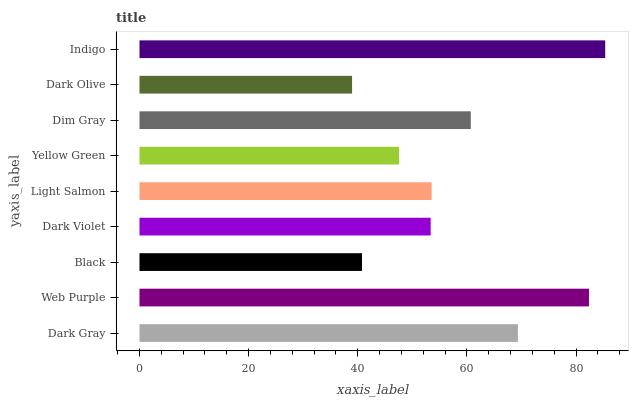
| yaxis_label | bars |
 | --- | --- |
 | Dark Gray | 69.3 |
 | Web Purple | 82.3 |
 | Black | 40.8 |
 | Dark Violet | 53.3 |
 | Light Salmon | 53.5 |
 | Yellow Green | 47.6 |
 | Dim Gray | 60.7 |
 | Dark Olive | 38.9 |
 | Indigo | 85.3 |